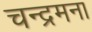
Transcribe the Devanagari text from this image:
चन्द्रमना